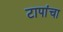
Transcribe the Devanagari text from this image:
टापांचा